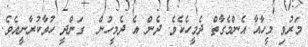
މަރުވި މީހާއާ އެންމެގާތް ދެމީހެކެވެ. ދެން އެ ދެމީހުން  ގަންދީ ހުވާކުރާނީއެވެ.